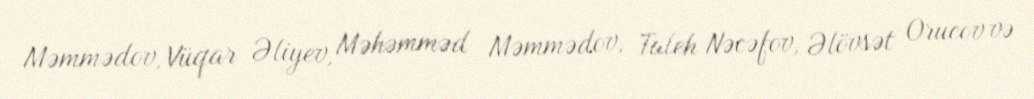
Məmmədov, Vüqar Əliyev, Məhəmməd Məmmədov, Taleh Nəcəfov, Əlövsət Orucov və